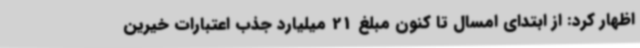
اظهار کرد: از ابتدای امسال تا کنون مبلغ 21 میلیارد جذب اعتبارات خیرین